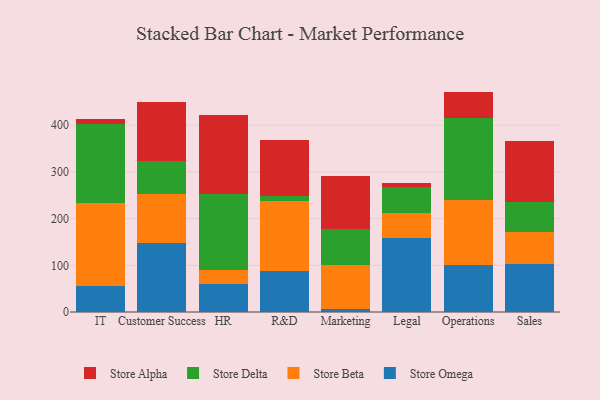
{"axis": {"x": "Department", "y": "Inventory Turnover"}, "legend": ["Store Alpha", "Store Beta", "Store Delta", "Store Omega"], "data": [{"x": "IT", "y": 54.7, "type": "Store Omega"}, {"x": "IT", "y": 178.5, "type": "Store Beta"}, {"x": "IT", "y": 168.4, "type": "Store Delta"}, {"x": "IT", "y": 12.3, "type": "Store Alpha"}, {"x": "Customer Success", "y": 148.0, "type": "Store Omega"}, {"x": "Customer Success", "y": 103.9, "type": "Store Beta"}, {"x": "Customer Success", "y": 71.6, "type": "Store Delta"}, {"x": "Customer Success", "y": 127.0, "type": "Store Alpha"}, {"x": "HR", "y": 60.2, "type": "Store Omega"}, {"x": "HR", "y": 30.6, "type": "Store Beta"}, {"x": "HR", "y": 162.9, "type": "Store Delta"}, {"x": "HR", "y": 167.3, "type": "Store Alpha"}, {"x": "R&D", "y": 88.6, "type": "Store Omega"}, {"x": "R&D", "y": 149.5, "type": "Store Beta"}, {"x": "R&D", "y": 9.5, "type": "Store Delta"}, {"x": "R&D", "y": 121.4, "type": "Store Alpha"}, {"x": "Marketing", "y": 6.5, "type": "Store Omega"}, {"x": "Marketing", "y": 94.6, "type": "Store Beta"}, {"x": "Marketing", "y": 77.7, "type": "Store Delta"}, {"x": "Marketing", "y": 113.0, "type": "Store Alpha"}, {"x": "Legal", "y": 159.3, "type": "Store Omega"}, {"x": "Legal", "y": 51.9, "type": "Store Beta"}, {"x": "Legal", "y": 56.7, "type": "Store Delta"}, {"x": "Legal", "y": 7.4, "type": "Store Alpha"}, {"x": "Operations", "y": 99.7, "type": "Store Omega"}, {"x": "Operations", "y": 139.9, "type": "Store Beta"}, {"x": "Operations", "y": 176.8, "type": "Store Delta"}, {"x": "Operations", "y": 55.6, "type": "Store Alpha"}, {"x": "Sales", "y": 101.8, "type": "Store Omega"}, {"x": "Sales", "y": 69.3, "type": "Store Beta"}, {"x": "Sales", "y": 63.8, "type": "Store Delta"}, {"x": "Sales", "y": 131.3, "type": "Store Alpha"}]}